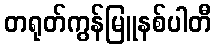
တရုတ်ကွန်မြူနစ်ပါတီ